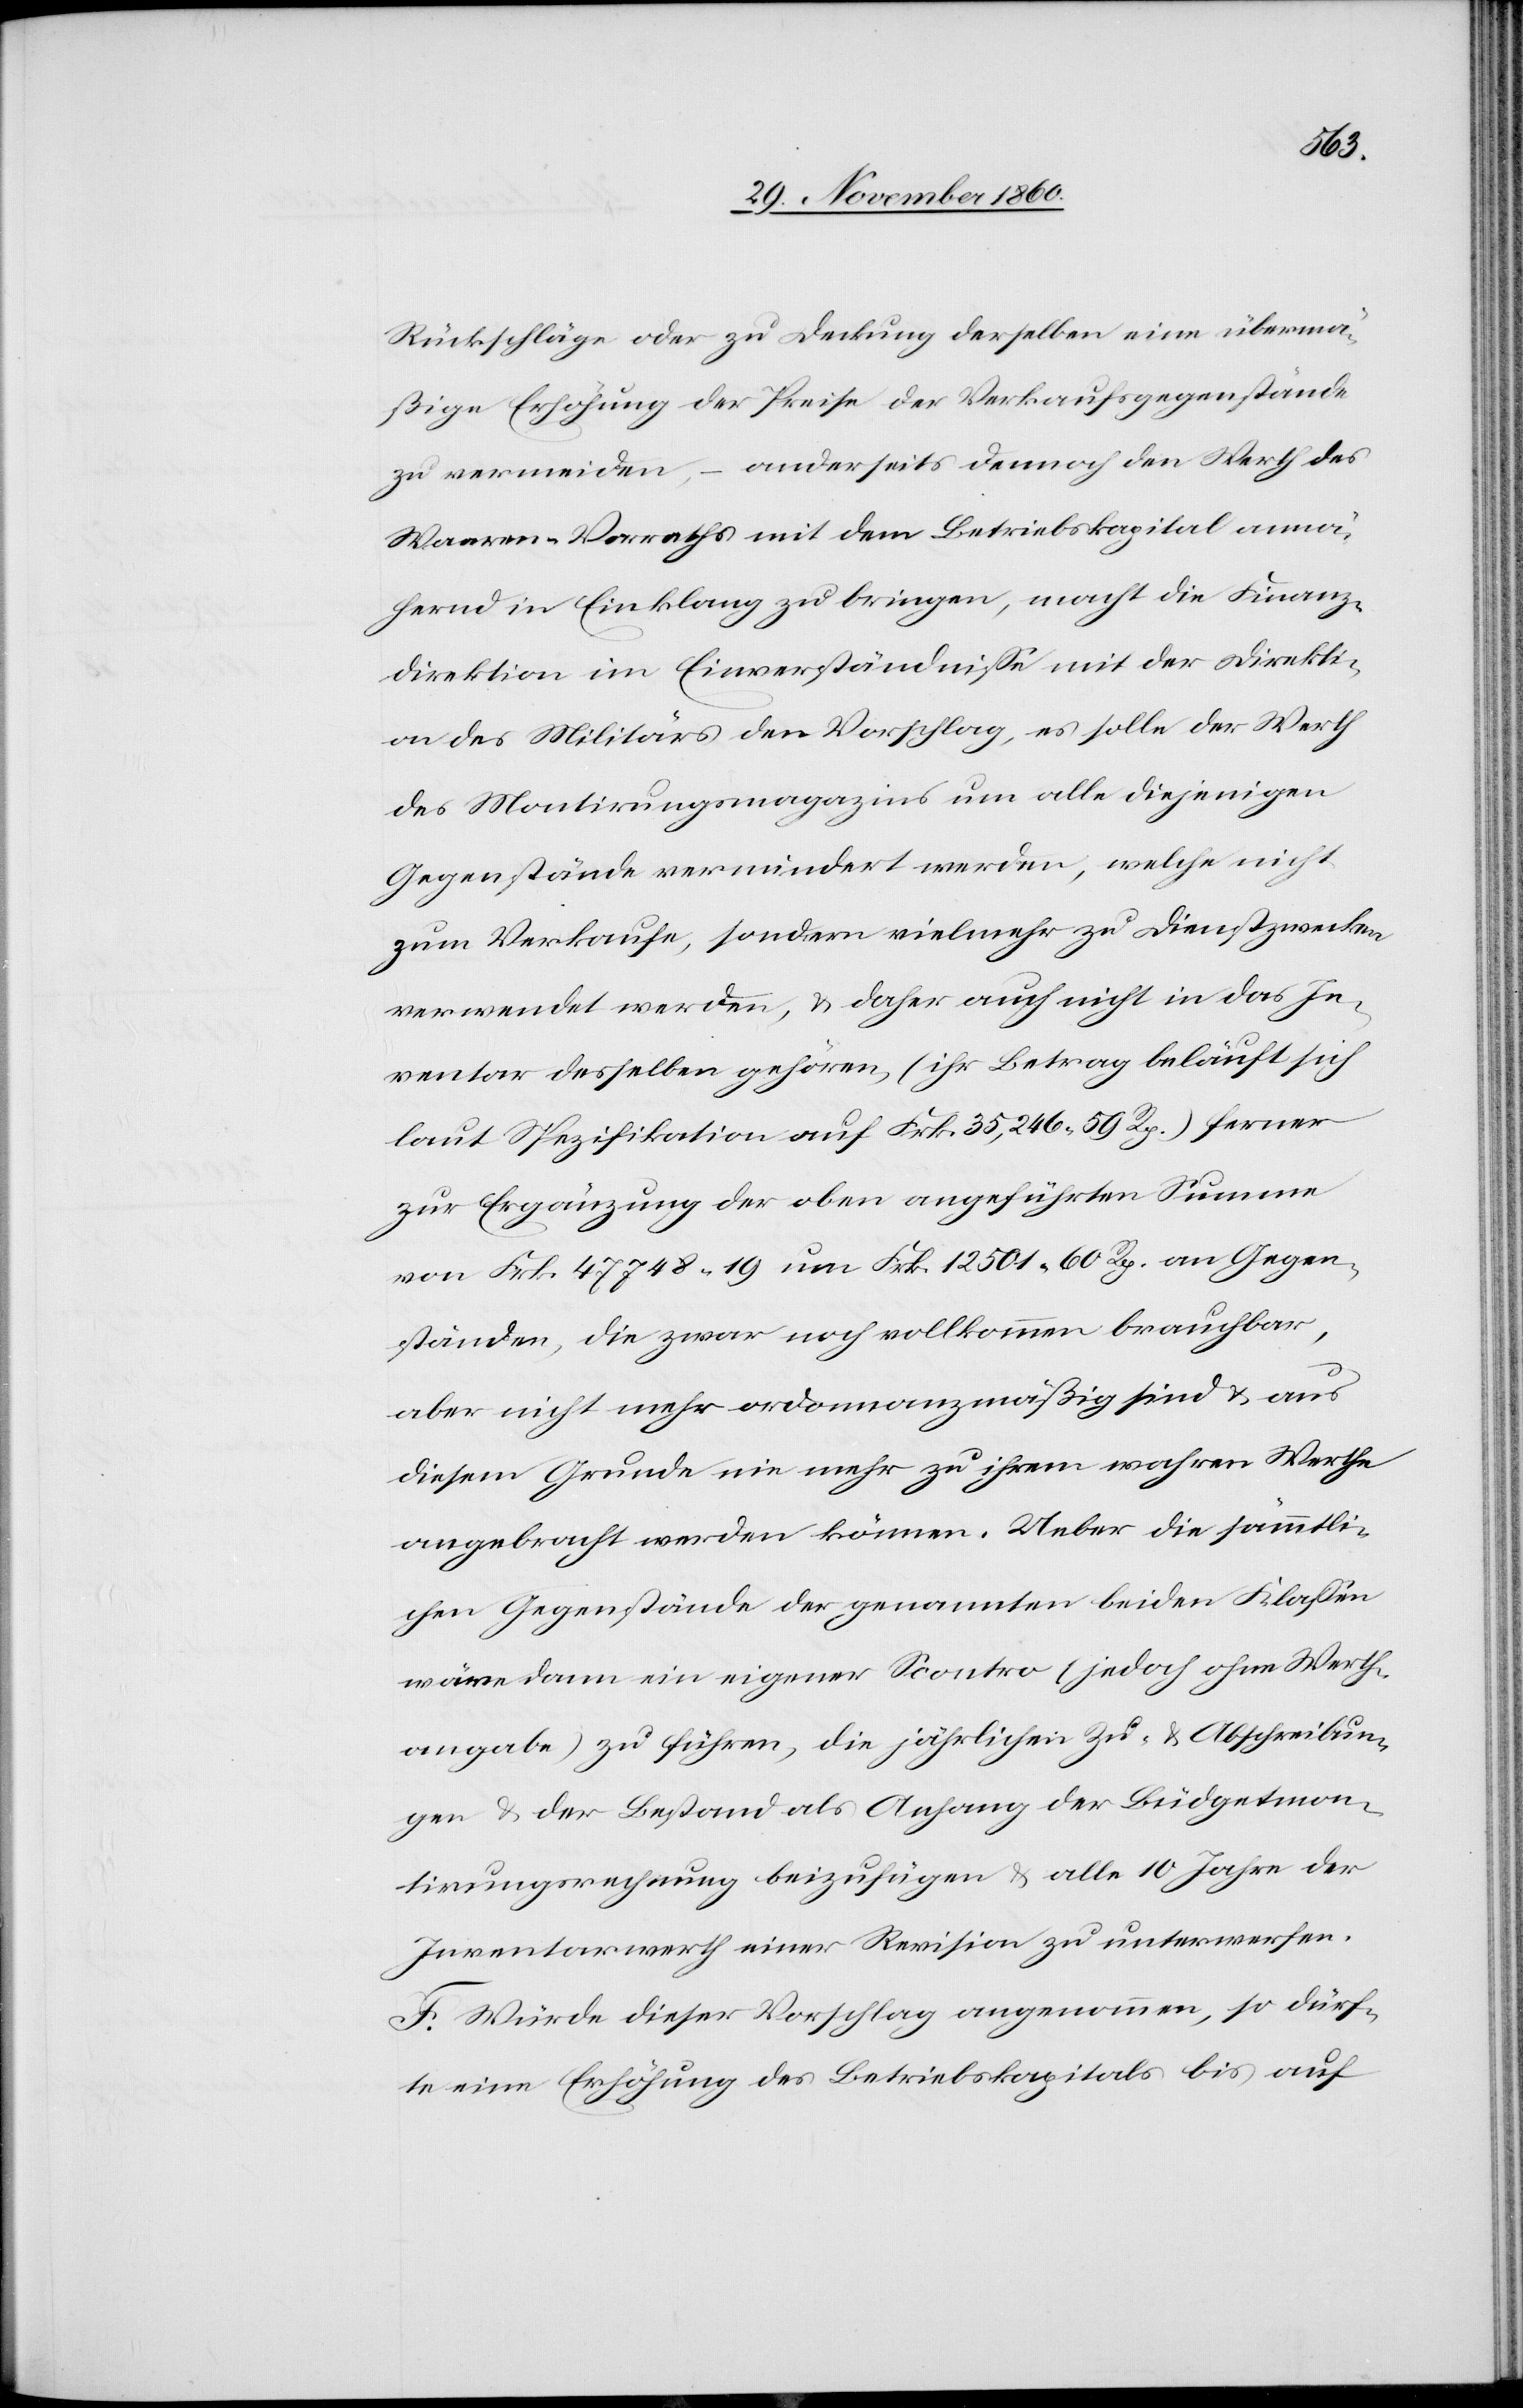
Gegen¬
Rückschläge oder zu Deckung derselben eine übermä¬
ßige Erhöhung der Preise der Verkaufsgegenstände
zu vermeiden, – anderseits dennoch den Werth des
Waaren-Vorraths mit dem Betriebskapital annä¬
hrend in Einklang zu bringen, macht die Finanz¬
direktion im Einverständnisse mit der Direkti¬
on des Militärs den Vorschlag, es solle der Werth
des Montirungsmagazins um alle diejenigen
Gegenstände vermindert werden, welche nicht
zum Verkaufe, sondern vielmehr zu Dienstzwecken
verwendet werden, u. daher auch nicht in das In¬
ventar desselben gehören, (ihr Betrag beläuft sich
laut Spezifikation auf Frk. 35,246 59 Rp.) ferner
zur Ergänzung der oben angeführten Summe
ständen, die zwar noch vollkommen brauchbar,
aber nicht mehr ordonnanzmäßig sind u. aus
diesem Grunde nie mehr zu ihrem wahren Werthe
angebracht werden können. Ueber die sämmtli¬
chen Gegenstände der genannten beiden Klassen
wäre dann in eigener Scontro (jedoch ohne Werth¬
angabe) zu führen, die jährlichen Zu- u. Abschreibun¬
gen u. der Bestand als Anhang der Büdgetmon¬
tirungsrechnung beizufügen u. alle 10 Jahre der
Inventarwerth einer Revision zu unterwerfen.
F. Würde dieser Vorschlag angenommen, so dürf¬
te eine Erhöhung des Betriebskapitals bis auf